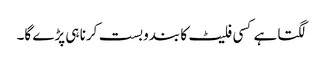
لگتا ہے کسی فلیٹ کا بندوبست کرنا ہی پڑے گا۔